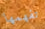
تفهمها